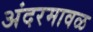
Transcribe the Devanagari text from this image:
अंदरमावळ